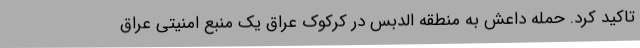
تاکید کرد. حمله داعش به منطقه الدبس در کرکوک عراق یک منبع امنیتی عراق